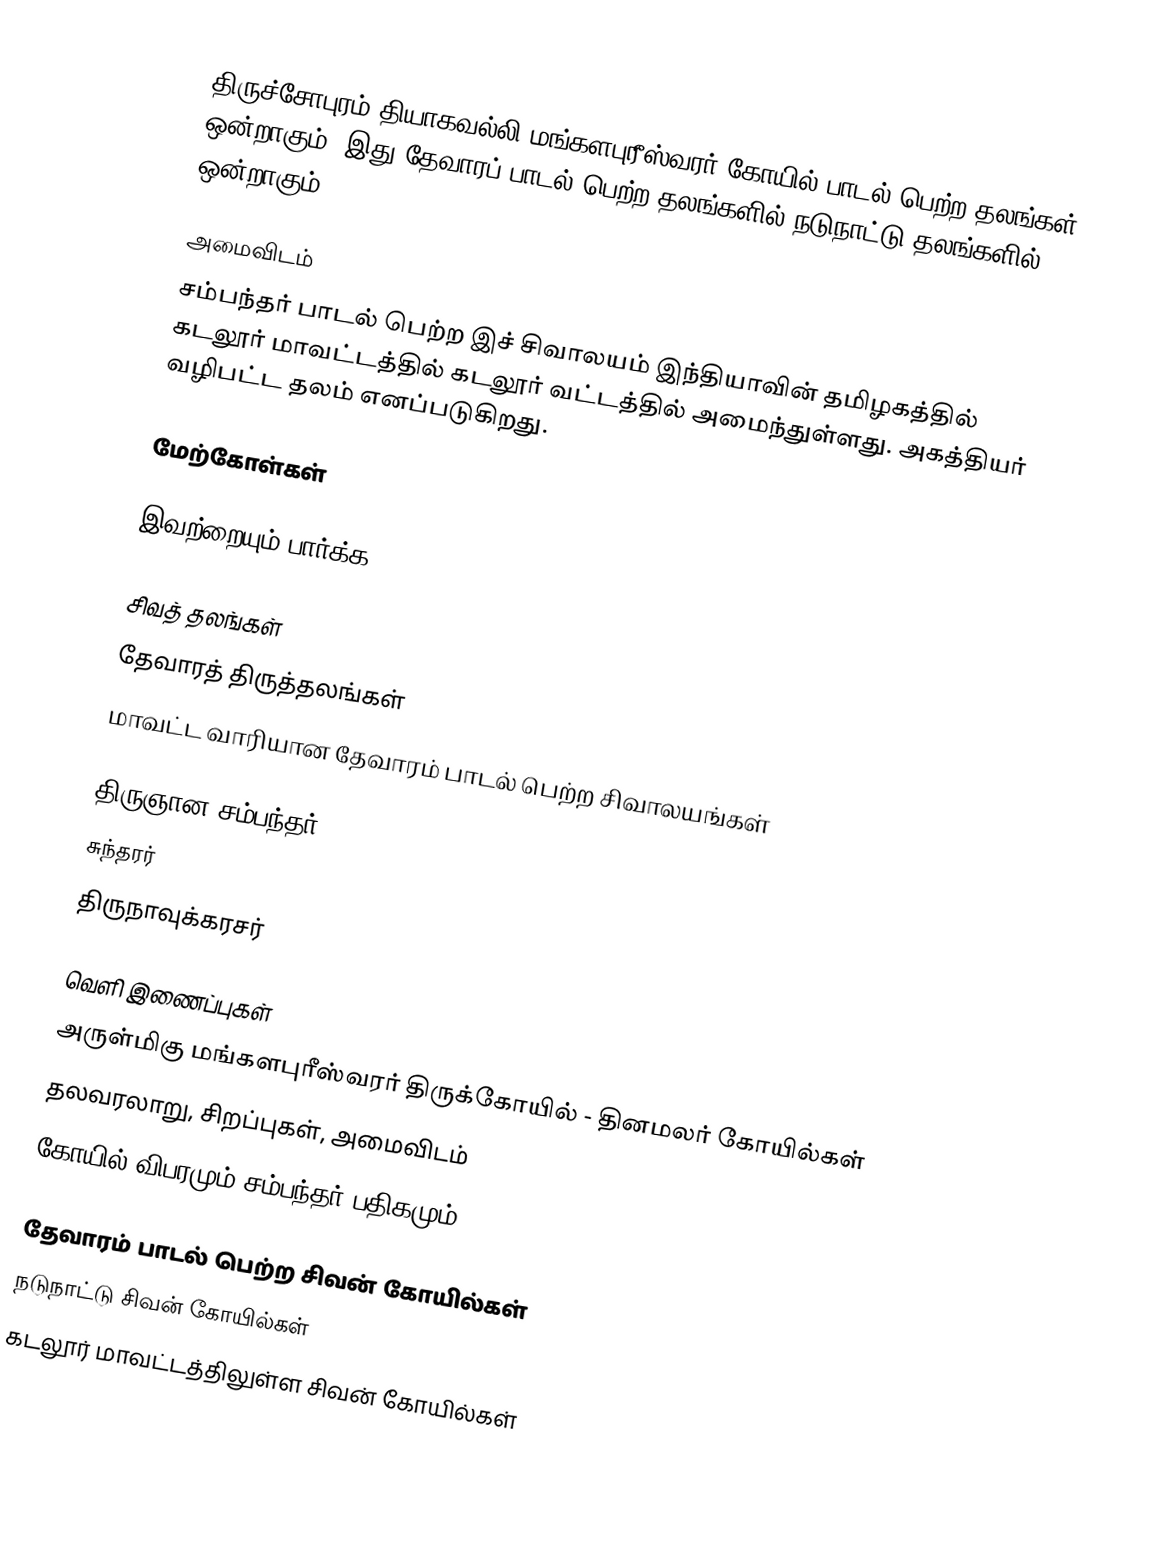
திருச்சோபுரம் தியாகவல்லி மங்களபுரீஸ்வரர் கோயில் பாடல் பெற்ற தலங்கள் ஒன்றாகும். இது தேவாரப் பாடல் பெற்ற தலங்களில் நடுநாட்டு தலங்களில் ஒன்றாகும்.

அமைவிடம்
சம்பந்தர் பாடல் பெற்ற இச் சிவாலயம் இந்தியாவின் தமிழகத்தில் கடலூர் மாவட்டத்தில்  கடலூர் வட்டத்தில்  அமைந்துள்ளது. அகத்தியர் வழிபட்ட தலம் எனப்படுகிறது.

மேற்கோள்கள்

இவற்றையும் பார்க்க

 சிவத் தலங்கள்
 தேவாரத் திருத்தலங்கள்
 மாவட்ட வாரியான தேவாரம் பாடல் பெற்ற சிவாலயங்கள்

 திருஞான சம்பந்தர்
 சுந்தரர்
 திருநாவுக்கரசர்

வெளி இணைப்புகள்
 அருள்மிகு மங்களபுரீஸ்வரர் திருக்கோயில் - தினமலர் கோயில்கள்
 தலவரலாறு, சிறப்புகள், அமைவிடம்
 கோயில் விபரமும் சம்பந்தர் பதிகமும்

தேவாரம் பாடல் பெற்ற சிவன் கோயில்கள்
நடுநாட்டு சிவன் கோயில்கள்
கடலூர் மாவட்டத்திலுள்ள சிவன் கோயில்கள்